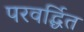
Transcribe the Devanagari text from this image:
परवर्द्धित